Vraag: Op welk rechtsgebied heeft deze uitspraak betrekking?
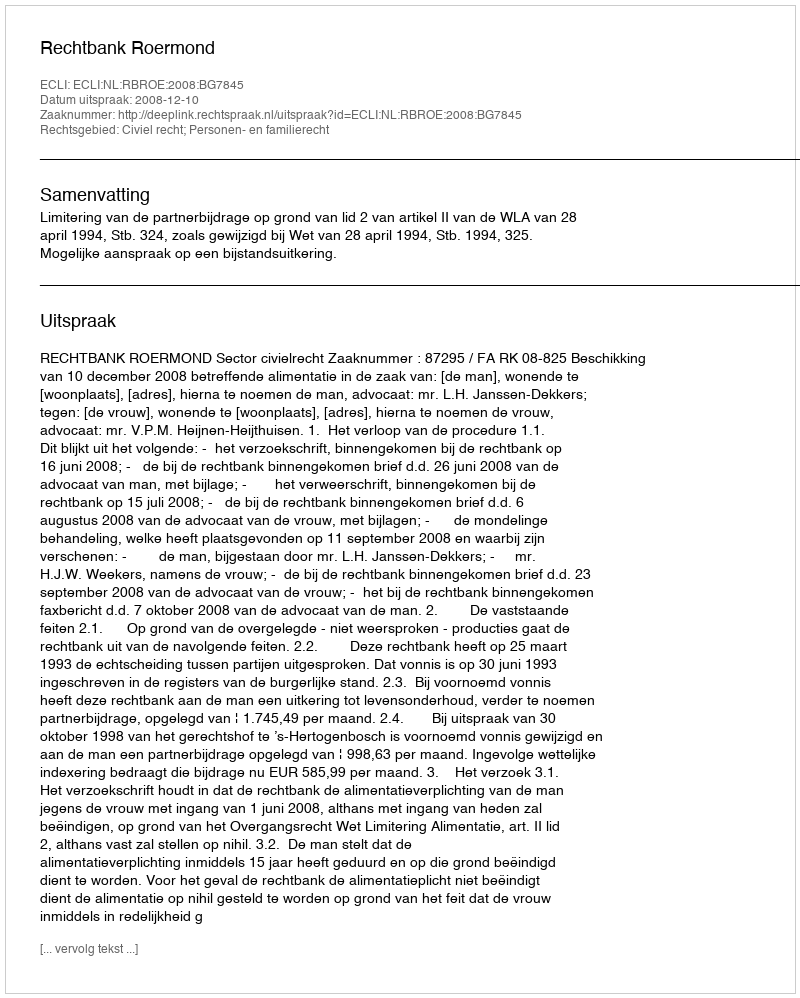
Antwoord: Civiel recht; Personen- en familierecht